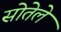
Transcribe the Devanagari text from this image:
सोतेले